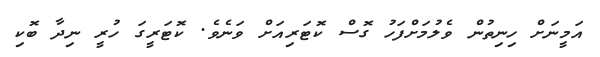
އަމީނަށް ހިނިތުން ވެލުމަށްފަހު ގޮސް ކޮޓަރިއަށް ވަނެވެ. ކޮޓަރީގަ ހުރީ ނިދާ ބޮކި